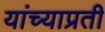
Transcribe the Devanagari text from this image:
यांच्याप्रती